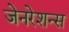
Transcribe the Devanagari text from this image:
जेनरेशन्स